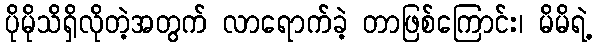
ပိုမိုသိရှိလိုတဲ့အတွက် လာရောက်ခဲ့ တာဖြစ်ကြောင်း၊ မိမိရဲ့